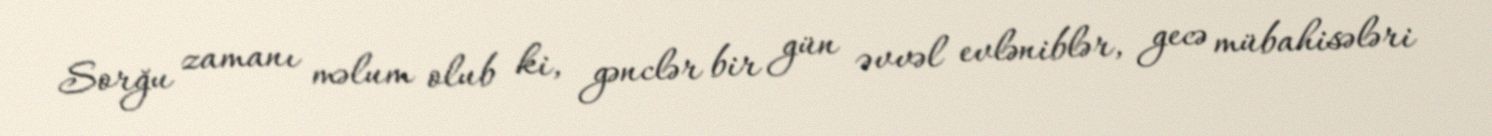
Sorğu zamanı məlum olub ki, gənclər bir gün əvvəl evləniblər, gecə mübahisələri